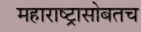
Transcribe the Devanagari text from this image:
महाराष्ट्रासोबतच